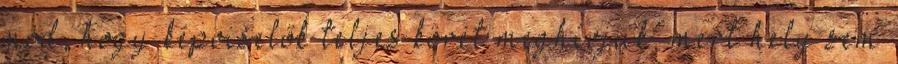
mód, hogy képviselők teljes körét meghívjuk, mert hely sem